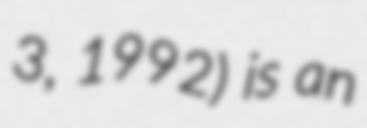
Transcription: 3, 1992) is an